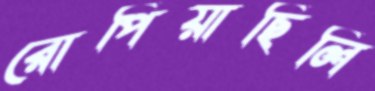
রোপিয়াছিলি